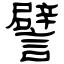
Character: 譬